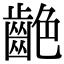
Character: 𪗼